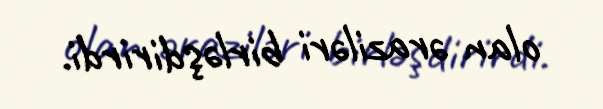
olan əraziləri birləşdirirdi.